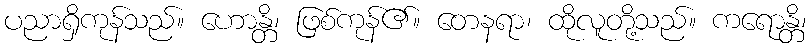
ပညာရှိကုန်သည်။ ဟောန္တိ၊ ဖြစ်ကုန်၏။ တေနရာ၊ ထိုလူတို့သည်။ ကရောန္တိ၊